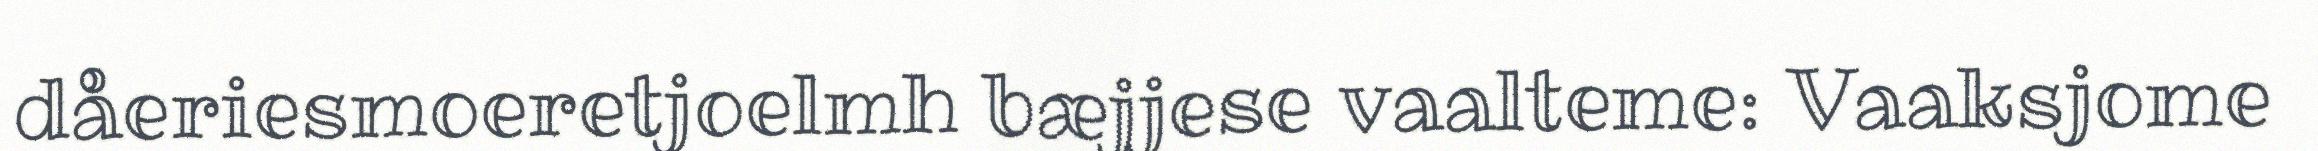
dåeriesmoeretjoelmh bæjjese vaalteme: Vaaksjome